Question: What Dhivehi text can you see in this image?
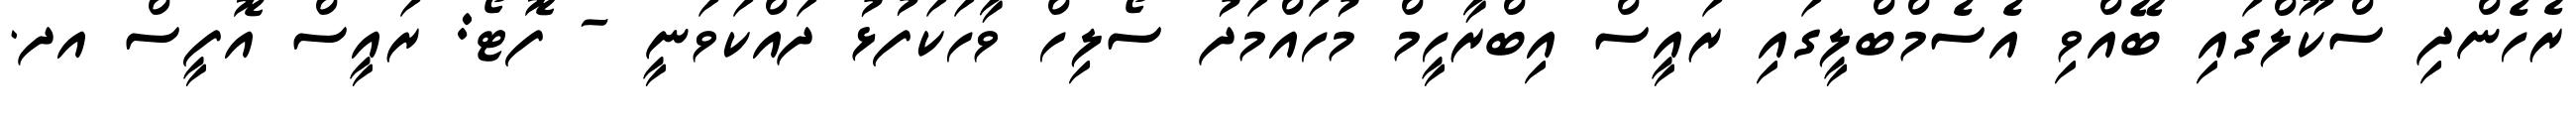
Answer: ރެހެންދި ސްކޫލްގައި ބޭއްވި އެސެމްބްލީގައި ރައީސް އިބްރާހީމް މުހައްމަދު ސޯލިހް ވާހަކަފުޅު ދައްކަވަނީ - ފޮޓޯ: ރައީސް އޮފީސް އދ.